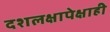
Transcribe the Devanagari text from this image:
दशलक्षापेक्षाही